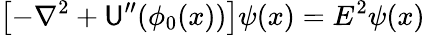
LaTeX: \left[-\nabla^{2}+\mathsf{U}^{\prime\prime}(\phi_{0}(x))\right]\psi(x)=E^{2}\psi(x)